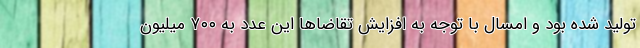
تولید شده بود و امسال با توجه به افزایش تقاضاها این عدد به ۷۰۰ میلیون